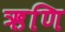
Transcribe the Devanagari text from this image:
ऋणि